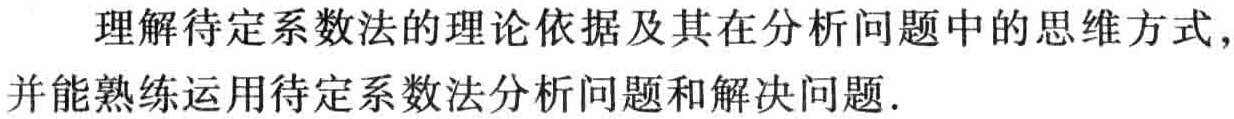
理解待定系数法的理论依据及其在分析问题中的思维方式，并能熟练运用待定系数法分析问题和解决问题.